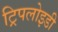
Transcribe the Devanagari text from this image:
ट्रिपलोइडी